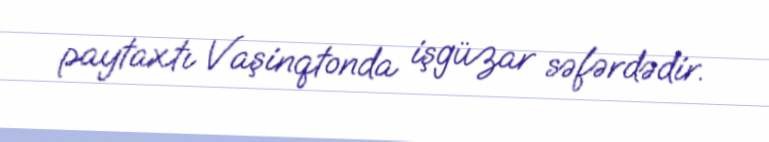
paytaxtı Vaşinqtonda işgüzar səfərdədir.